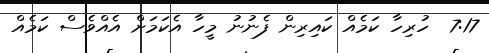
7:17  ހުރިހާ ކަމެއް ކައިރިން ފެނުނު މީހާ އެކަމަށް އެއްވެސް ކަމެއް